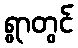
ရွာတွင်